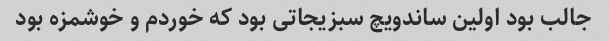
جالب بود اولین ساندویچ سبزیجاتی بود که خوردم و خوشمزه بود